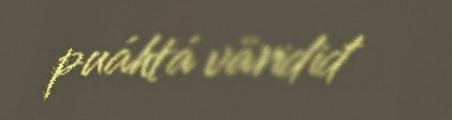
puáhtá väridiđ